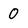
Character: 0